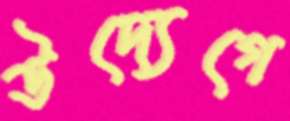
উদ্যেগে